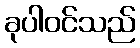
ခုပါဝင်သည်